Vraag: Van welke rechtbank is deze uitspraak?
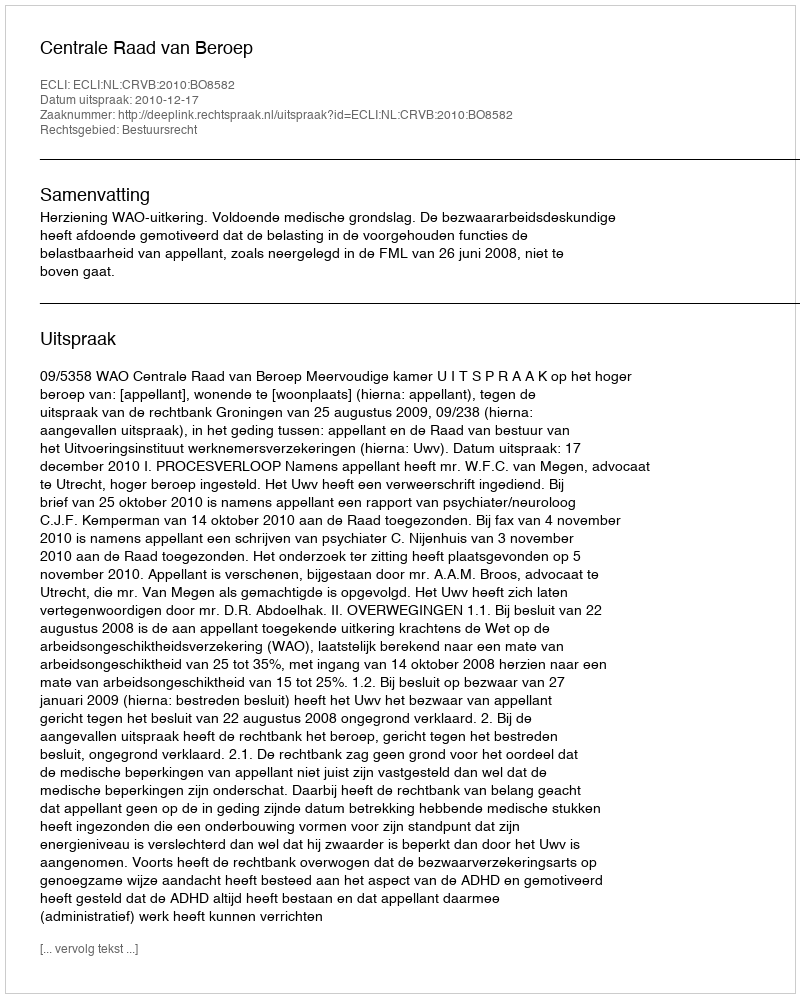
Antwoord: Centrale Raad van Beroep